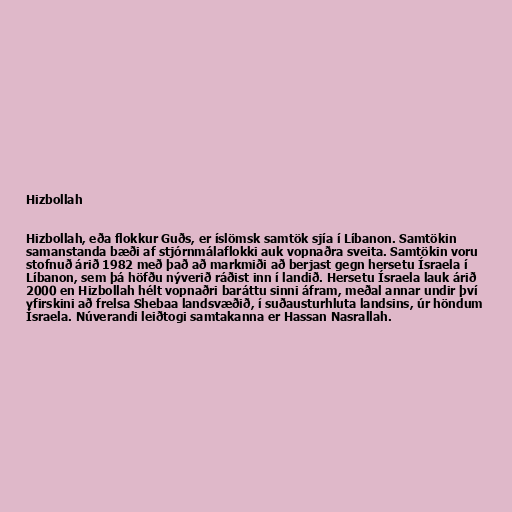
Hizbollah

Hizbollah, eða flokkur Guðs, er íslömsk samtök sjía í Líbanon. Samtökin
samanstanda bæði af stjórnmálaflokki auk vopnaðra sveita. Samtökin voru
stofnuð árið 1982 með það að markmiði að berjast gegn hersetu Ísraela í
Líbanon, sem þá höfðu nýverið ráðist inn í landið. Hersetu Ísraela lauk árið
2000 en Hizbollah hélt vopnaðri baráttu sinni áfram, meðal annar undir því
yfirskini að frelsa Shebaa landsvæðið, í suðausturhluta landsins, úr höndum
Ísraela. Núverandi leiðtogi samtakanna er Hassan Nasrallah.